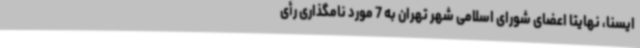
ایسنا، نهایتا اعضای شورای اسلامی شهر تهران به 7 مورد نامگذاری رأی